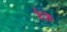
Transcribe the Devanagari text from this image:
शैक्ले